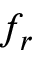
f _ { r }